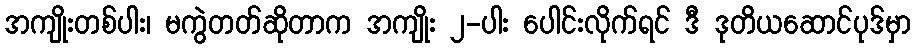
အကျိုးတစ်ပါး၊ မကွဲတတ်ဆိုတာက အကျိုး ၂-ပါး ပေါင်းလိုက်ရင် ဒီ ဒုတိယဆောင်ပုဒ်မှာ